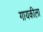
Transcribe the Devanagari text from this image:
गायकीला